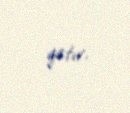
qatır.